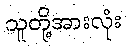
သူတို့အားလုံး